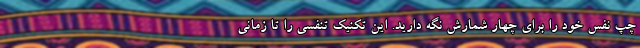
چپ نفس خود را برای چهار شمارش نگه دارید. این تکنیک تنفسی را تا زمانی